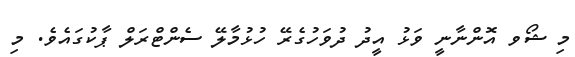
މި ޝޯވ އޮންނާނީ ވަޅު އީދު ދުވަހުގެރޭ ހުޅުމާލޭ ސެންޓްރަލް ޕާކުގައެވެ. މި